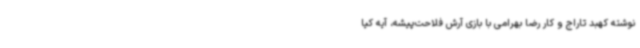
نوشته کهبد تاراج و کار رضا بهرامی با بازی آرش فلاحت‌پیشه، آیه کیا